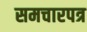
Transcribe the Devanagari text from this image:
समचारपत्र